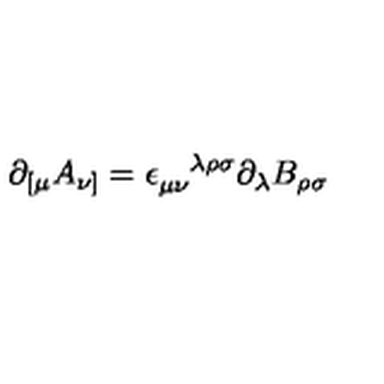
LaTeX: \partial _ { [ \mu } A _ { \nu ] } = \epsilon _ { \mu \nu } ^ { \phantom { \mu \nu } \lambda \rho \sigma } \partial _ { \lambda } B _ { \rho \sigma }